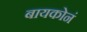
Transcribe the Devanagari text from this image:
बायकोनं